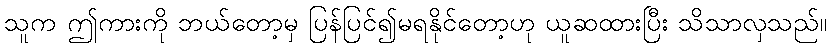
သူက ဤကားကို ဘယ်တော့မှ ပြန်ပြင်၍မရနိုင်တော့ဟု ယူဆထားပြီး သိသာလှသည်။